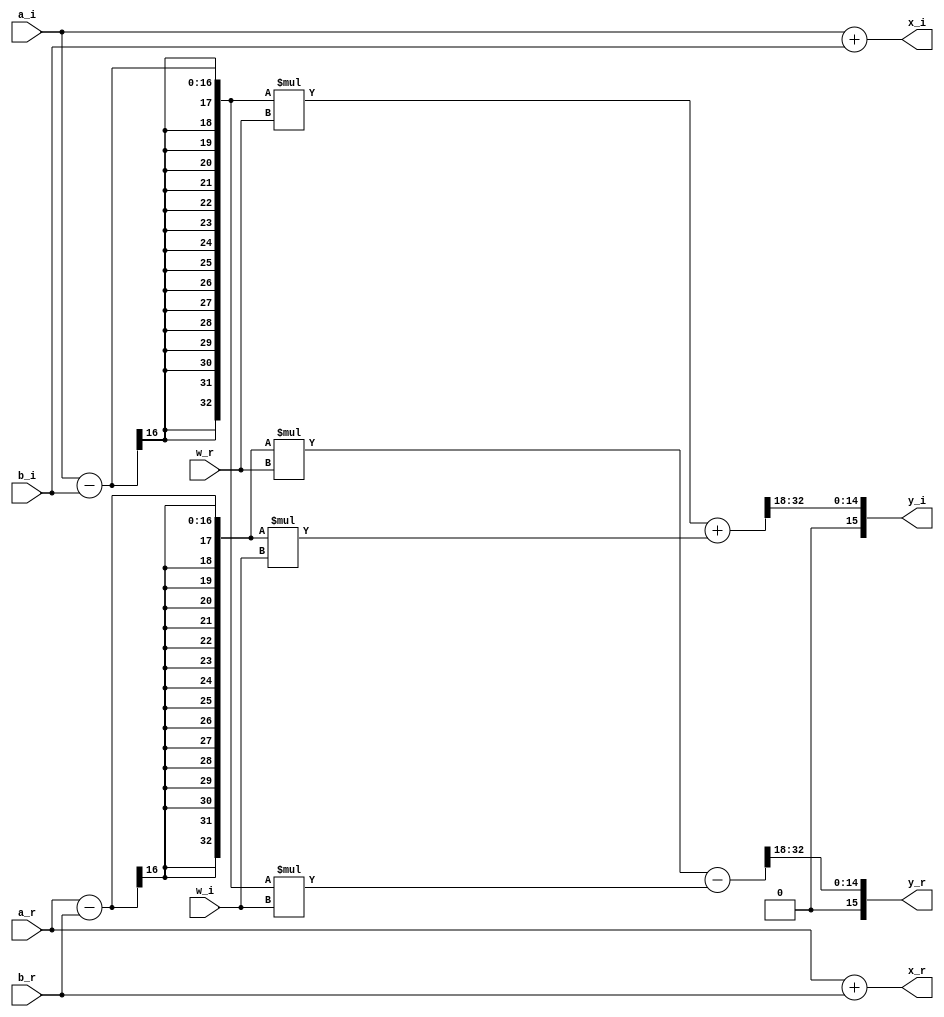
module complexmulttrial(
input [15:0] a_r,
input [15:0] a_i,
input [15:0] b_r,
input [15:0] b_i,
input [15:0] w_r,
input [15:0] w_i,
output [15:0] x_r,
output [15:0] x_i,
output [15:0] y_r,
output [15:0] y_i);

wire [32:0] temp_r;
wire [32:0] temp_i;

assign x_r = a_r + b_r;
assign x_i = a_i + b_i;
assign temp_r = ((a_r - b_r)*(w_r) - (a_i - b_i)*(w_i));
assign temp_i = ((a_i - b_i)*(w_r) + (a_r - b_r)*(w_i));
assign y_r[15:0] = temp_r[32:18];
assign y_i[15:0] = temp_i[32:18];



endmodule